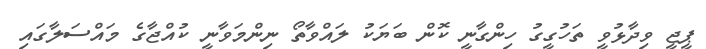
ޕީޖީ ވިދާޅުވީ ތަހުގީގު ހިންގާނީ ކޮން ބަޔަކު ލައްވާތޯ ނިންމަވާނީ ކުއްޖާގެ މައްސަލާގައި